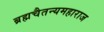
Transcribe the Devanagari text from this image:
ब्रह्मचैतन्यमहाराज